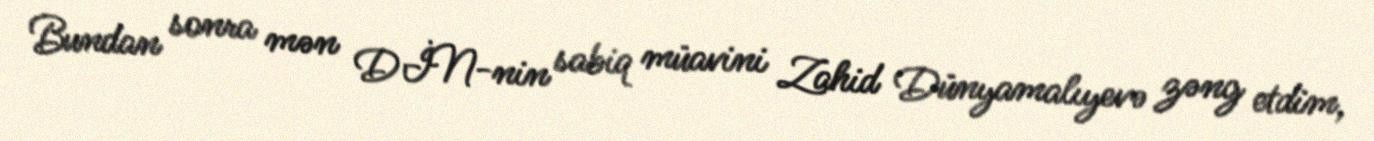
Bundan sonra mən DİN-nin sabiq müavini Zahid Dünyamalıyevə zəng etdim,